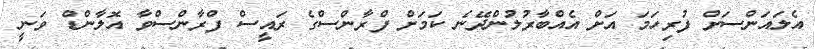
އެލައަންސަށް ފުރިހަމަ އަށް އެއްބާރުލުންދޭނެ ކަމަށް ފްރާންސްގެ ރައީސް ފްރާންސްވާ އޮލާންޑް ވަނީ